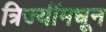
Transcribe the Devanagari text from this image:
त्रिज्यींमधून